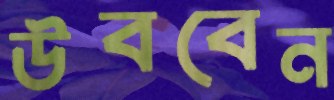
উববেন